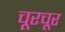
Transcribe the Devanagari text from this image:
चूरचूर